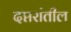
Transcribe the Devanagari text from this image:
दप्तरांतील